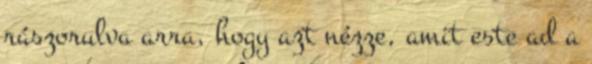
rászorulva arra, hogy azt nézze, amit este ad a